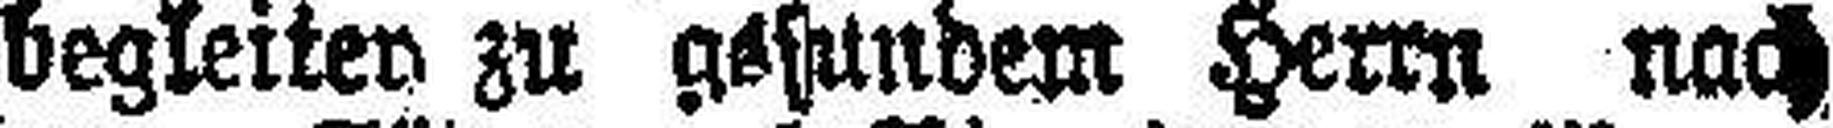
begleiten zu gesundem Herrn nach